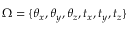
\Omega = \{ \theta _ { x } , \theta _ { y } , \theta _ { z } , t _ { x } , t _ { y } , t _ { z } \}